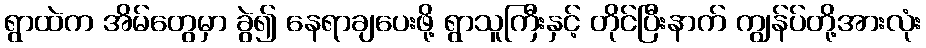
ရွာထဲက အိမ်တွေမှာ ခွဲ၍ နေရာချပေးဖို့ ရွာသူကြီးနှင့် တိုင်ပြီးနာက် ကျွန်ပ်တို့အားလုံး